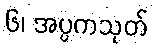
၆၊ အပ္ပကသုတ်